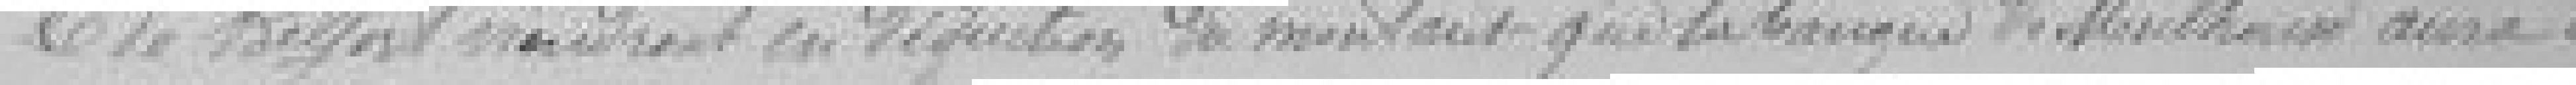
de Belfort viendront en déduction du montant que la Banque de Mulhouse aura à